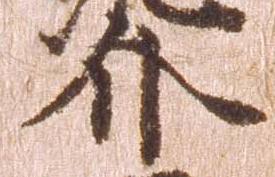
介